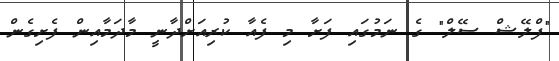
"ފްލޭޝް ސޭލް" ގެ ނަމުގައި ފަށާ މި ފެއާ ކުރިއަށްދާނީ މާދަމާއިން ފެށިގެން